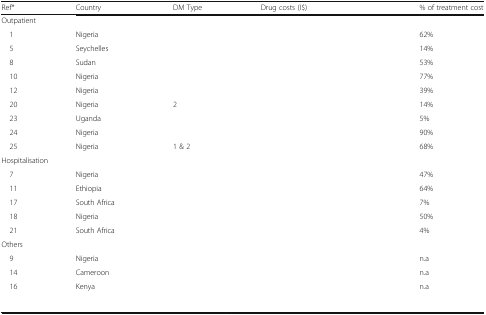
<table><thead><tr><td><b>Ref*</b></td><td><b>Country</b></td><td><b>DM Type</b></td><td><b>Drug costs (I$)</b></td><td><b>% of treatment cost</b></td></tr></thead><tbody><tr><td colspan="5">Outpatient</td></tr><tr><td> 1</td><td>Nigeria</td><td>[EMPTY_CELL]</td><td>[EMPTY_CELL]</td><td>62%</td></tr><tr><td> 5</td><td>Seychelles</td><td>[EMPTY_CELL]</td><td>[EMPTY_CELL]</td><td>14%</td></tr><tr><td> 8</td><td>Sudan</td><td>[EMPTY_CELL]</td><td>[EMPTY_CELL]</td><td>53%</td></tr><tr><td> 10</td><td>Nigeria</td><td>[EMPTY_CELL]</td><td>[EMPTY_CELL]</td><td>77%</td></tr><tr><td> 12</td><td>Nigeria</td><td>[EMPTY_CELL]</td><td>[EMPTY_CELL]</td><td>39%</td></tr><tr><td> 20</td><td>Nigeria</td><td>2</td><td>[EMPTY_CELL]</td><td>14%</td></tr><tr><td> 23</td><td>Uganda</td><td>[EMPTY_CELL]</td><td>[EMPTY_CELL]</td><td>5%</td></tr><tr><td> 24</td><td>Nigeria</td><td>[EMPTY_CELL]</td><td>[EMPTY_CELL]</td><td>90%</td></tr><tr><td> 25</td><td>Nigeria</td><td>1 &amp; 2</td><td>[EMPTY_CELL]</td><td>68%</td></tr><tr><td colspan="5">Hospitalisation</td></tr><tr><td> 7</td><td>Nigeria</td><td>[EMPTY_CELL]</td><td>[EMPTY_CELL]</td><td>47%</td></tr><tr><td> 11</td><td>Ethiopia</td><td>[EMPTY_CELL]</td><td>[EMPTY_CELL]</td><td>64%</td></tr><tr><td> 17</td><td>South Africa</td><td>[EMPTY_CELL]</td><td>[EMPTY_CELL]</td><td>7%</td></tr><tr><td> 18</td><td>Nigeria</td><td>[EMPTY_CELL]</td><td>[EMPTY_CELL]</td><td>50%</td></tr><tr><td> 21</td><td>South Africa</td><td>[EMPTY_CELL]</td><td>[EMPTY_CELL]</td><td>4%</td></tr><tr><td colspan="5">Others</td></tr><tr><td> 9</td><td>Nigeria</td><td>[EMPTY_CELL]</td><td>[EMPTY_CELL]</td><td>n.a</td></tr><tr><td> 14</td><td>Cameroon</td><td>[EMPTY_CELL]</td><td>[EMPTY_CELL]</td><td>n.a</td></tr><tr><td> 16</td><td>Kenya</td><td>[EMPTY_CELL]</td><td>[EMPTY_CELL]</td><td>n.a</td></tr></tbody></table>